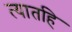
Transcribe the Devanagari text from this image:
त्यातहि